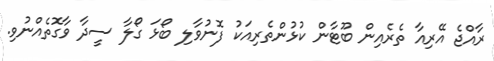
ރާއްޖެ އޭރިއާ ތެރެއިން ބޫޓާން ކުޅުންތެރިއަކު ފޮނުވާލި ބޯޅަ ގޯލާ ސީދާ ވާގޮތެއްނުވި.